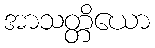
အာသတ္တိယော